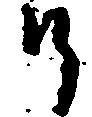
そ